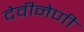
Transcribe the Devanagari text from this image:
देवीनेणी